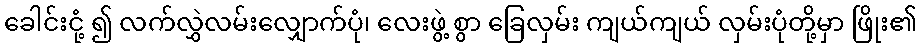
ခေါင်းငုံ့ ၍ လက်လွှဲလမ်းလျှောက်ပုံ၊ လေးဖွဲ့ စွာ ခြေလှမ်း ကျယ်ကျယ် လှမ်းပုံတို့မှာ ဖြိုး၏